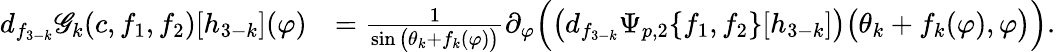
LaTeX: \begin{array}{rl}{d_{f_{3-k}}\mathscr{G}_{k}(c,f_{1},f_{2})[h_{3-k}](\varphi)}&{=\frac{1}{\sin\big(\theta_{k}+f_{k}(\varphi)\big)}\partial_{\varphi}\Big(\big(d_{f_{3-k}}\Psi_{p,2}\{ f_{1},f_{2}\} [h_{3-k}]\big)\big(\theta_{k}+f_{k}(\varphi),\varphi\big)\Big).}\end{array}